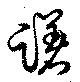
躇